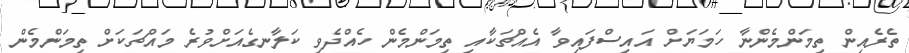
ތެރެއިން ތިމަންމެންނާ ހަމަޔަށް އައިސްފައިވާ އެއްޗަކާއި ތިމަންމެން ހެއްދެވި ކަލާނގެއަށްވުރެ މައްޗަކަށް ތިމަންމެން